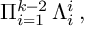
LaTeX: \Pi _ { i = 1 } ^ { k - 2 } \, \Lambda _ { i } ^ { i } \, ,